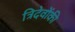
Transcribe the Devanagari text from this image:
त्रिदेवोंकी